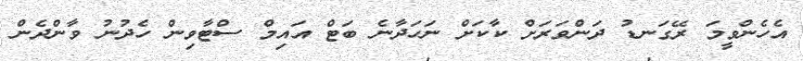
އެހެންވީމަ ރޭގަނޑު ދަންވަރަށް ކާކަށް ނަހަދާނެ ބަޓް އައިމް ސްޓާވިން ހެދުނު ވާންދެން